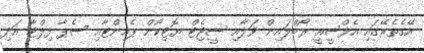
އޭގެތެރޭގައި އެފްސީއީ ރޯބްލައިން ވަލާއި ސީޖެޓް ޔޮޓިކޯން ޕެއިންޓާއި ސެޕާ ފިލްޓާ އަދި